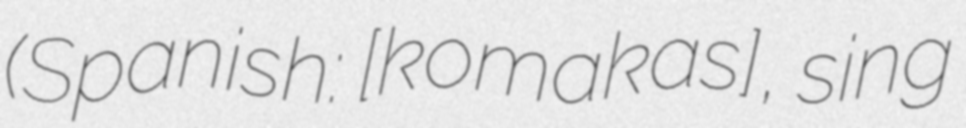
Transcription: (Spanish: [koˈmaɾkas], sing